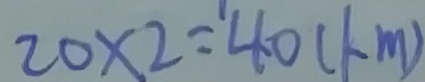
2 0 \times 2 = 4 0 ( k m )